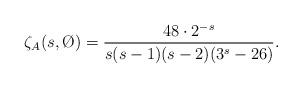
LaTeX: \begin{align*}\zeta_A(s,\O)=\frac{48\cdot 2^{-s}}{s(s-1)(s-2)(3^s-26)}.\end{align*}